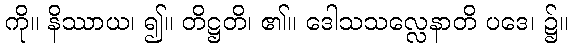
ကို။ နိဿာယ၊ ၍။ တိဋ္ဌတိ၊ ၏။ ဒေါသသလ္လေနာတိ ပဒေ၊ ၌။